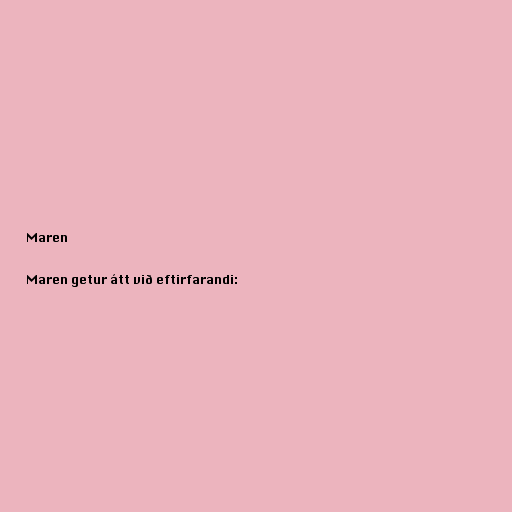
Maren

Maren getur átt við eftirfarandi: